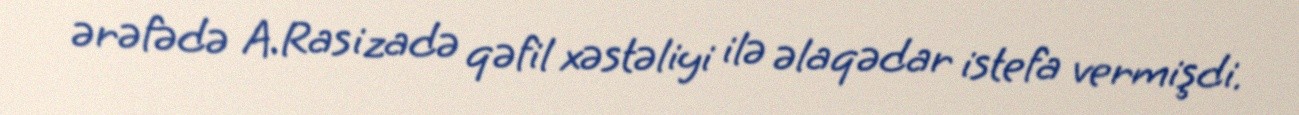
ərəfədə A.Rasizadə qəfil xəstəliyi ilə əlaqədar istefa vermişdi.